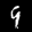
Label: 9